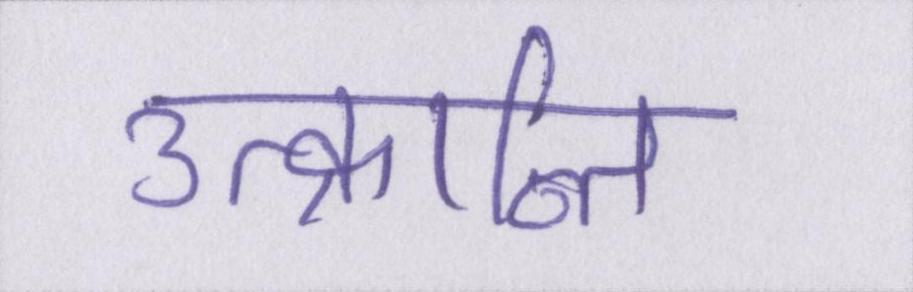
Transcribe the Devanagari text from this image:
उत्क्रान्ति